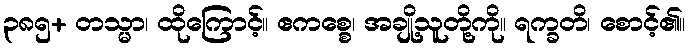
၃၈၅+ တသ္မာ၊ ထိုကြောင့်။ ဧကစ္စေ၊ အချို့သူတို့ကို။ ရက္ခတိ၊ စောင့်၏။